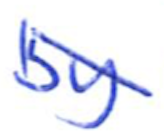
Text: by
Cross-out: diagonal
Writing tool: ballpoint